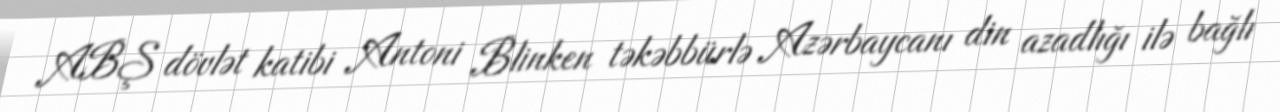
ABŞ dövlət katibi Antoni Blinken təkəbbürlə Azərbaycanı din azadlığı ilə bağlı